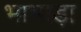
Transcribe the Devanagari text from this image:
भाभाड़ा